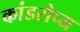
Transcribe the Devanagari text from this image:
कांडरोप्य